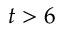
t > 6